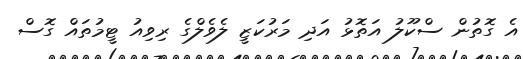
އެ ގޮތުން ސްކޫލު އަތޮޅު އަދި މަރުކަޒީ ލެވެލްގެ ރިވިއު ޓީމުތައް ގޮސް